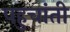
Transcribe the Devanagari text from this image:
पहुचांती